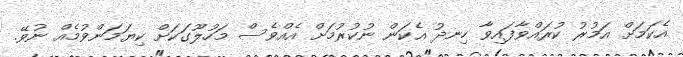
އެކަމަށް އަމުރު ކުރައްވާފައިވާ ހިނދު އެކަން ނުކުރުމަށް އެއްވެސް މަހުލޫގަކަށް ކިޔަމަންވުމެއް ނުވޭ.